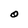
Character: O